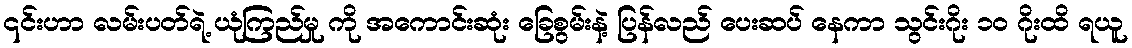
၎င်းဟာ လမ်းပတ်ရဲ့ ယုံကြည်မှု ကို အကောင်းဆုံး ခြေစွမ်းနဲ့ ပြန်လည် ပေးဆပ် နေကာ သွင်းဂိုး ၁၀ ဂိုးထိ ရယူ